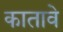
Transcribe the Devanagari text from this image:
कातावे